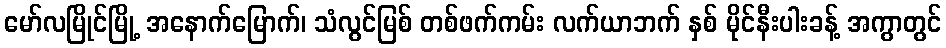
မော်လမြိုင်မြို့ အနောက်မြောက်၊ သံလွင်မြစ် တစ်ဖက်ကမ်း လက်ယာဘက် နှစ် မိုင်နီးပါးခန့် အကွာတွင်